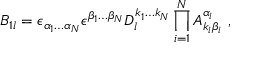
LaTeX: { \cal B } _ { 1 l } = \epsilon _ { \alpha _ { 1 } \ldots \alpha _ { N } } \epsilon ^ { \beta _ { 1 } \ldots \beta _ { N } } D _ { l } ^ { k _ { 1 } \ldots k _ { N } } \prod _ { i = 1 } ^ { N } A _ { k _ { i } \beta _ { i } } ^ { \alpha _ { i } } \ ,